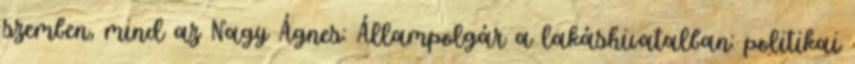
szemben, mind az Nagy Ágnes: Állampolgár a lakáshivatalban: politikai